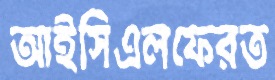
আইসিএলফেরত